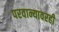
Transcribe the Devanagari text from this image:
परवान्यावरही